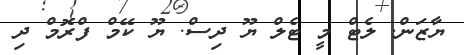
ޔާޒަން. ލެޓް މީ ޓެލް ޔޫ ދިސް. ޔޫ ކޭމް ފްރޮމް ދި